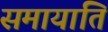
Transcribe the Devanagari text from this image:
समायाति